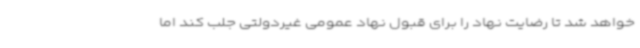
خواهد شد تا رضایت نهاد را برای قبول نهاد عمومی غیردولتی جلب کند اما